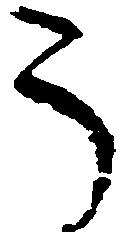
う